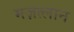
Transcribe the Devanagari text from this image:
मज़त्लान